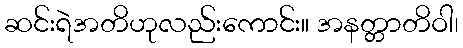
ဆင်းရဲအတိဟုလည်းကောင်း။ အနတ္တာတိဝါ၊